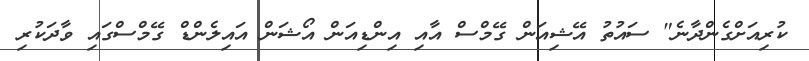
ކުރިއަށްގެންދާނެ" ސައުތު އޭޝިއަން ގޭމްސް އާއި އިންޑިއަން އޯޝަން އައިލެންޑް ގޭމްސްގައި ވާދަކުރި